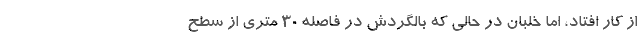
از کار افتاد، اما خلبان در حالی که بالگردش در فاصله 30 متری از سطح